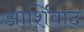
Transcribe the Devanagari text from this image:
आर्शिवाद